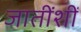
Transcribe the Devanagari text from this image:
जातींशीं